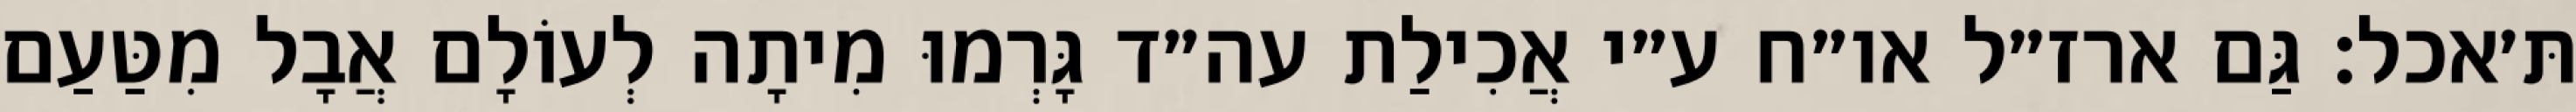
תּ׳אכל: גַּם ארז״ל או״ח ע״י אֲכִילַת עה״ד גָּרְמוּ מִיתָה לְעוֹלָם אֲבָל מִטַּעַם